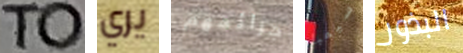
TO يري جرائمهم سيمبا البذور